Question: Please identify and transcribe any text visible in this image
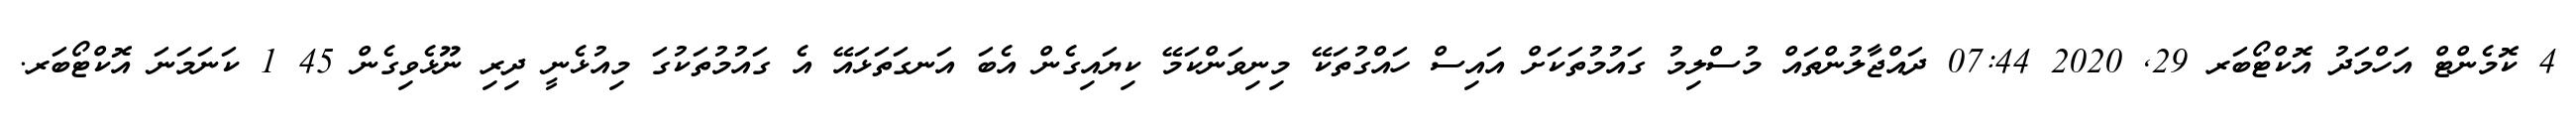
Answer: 4 ކޮމެންޓް އަހްމަދު އޮކްޓޯބަރ 29, 2020 07:44 ދައްޖާލުންތައް މުސްލިމު ގައުމުތަކަށް އައިސް ހައްގުތަކޭ މިނިވަންކަމޭ ކިޔައިގެން އެބަ އަނގަތަޅައޭ އެ ގައުމުތަކުގަ މިއުޅެނީ ދިރި ނޫޅެވިގެން 45 1 ކަނަމަނަ އޮކްޓޯބަރ.